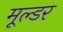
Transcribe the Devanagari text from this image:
मूल्डर